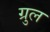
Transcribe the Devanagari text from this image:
ग्रुल